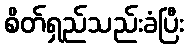
စိတ်ရှည်သည်းခံပြီး